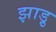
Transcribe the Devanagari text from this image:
झाड़ु